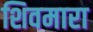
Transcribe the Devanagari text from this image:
शिवमारा